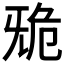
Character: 𣄲